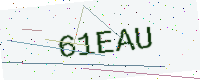
Text: 61EAU